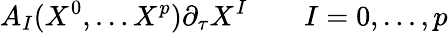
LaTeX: A_{I}(X^{0},\dots X^{p})\partial_{\tau}X^{I}\qquad I=0,\dots,p